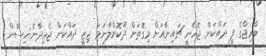
ބްރިޖްގެ ފީ ދައްކަން ޖެހެނީ ޗައިނާއަށް މިގޮތަށް ދޫކޮށްލާނަމަ ޖިޒީ ދައްކަން ޖެހިދާނެ:ހިސާން